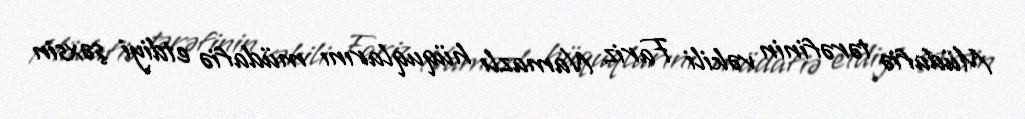
Müdafiə tərəfinin vəkili Fariz Namazlı hüquqlarını müdafiə etdiyi şəxsin